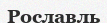
Рославль